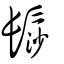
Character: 髿